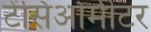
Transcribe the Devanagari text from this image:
टेंसिओमीटर